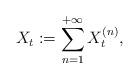
LaTeX: \begin{align*}X_t:=\sum_{n=1}^{+\infty} X_t^{(n)},\end{align*}